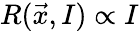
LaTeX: R(\vec{x},I)\propto I